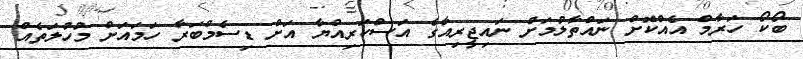
ބޯކޯ ހަރާމް އެއްކޮށް ނައްތާލުމަށް ނައިޖީރިއާގެ އަސްކަރިއްޔާ އަށް ޑިސެމްބަރާ ހަމައަށް މުހުލަތެއް